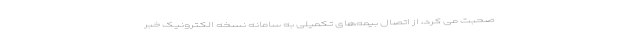
صحبت می کرد، از اتصال بیمه‌های تکمیلی به سامانه نسخه الکترونیک خبر